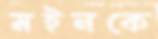
মইনকে